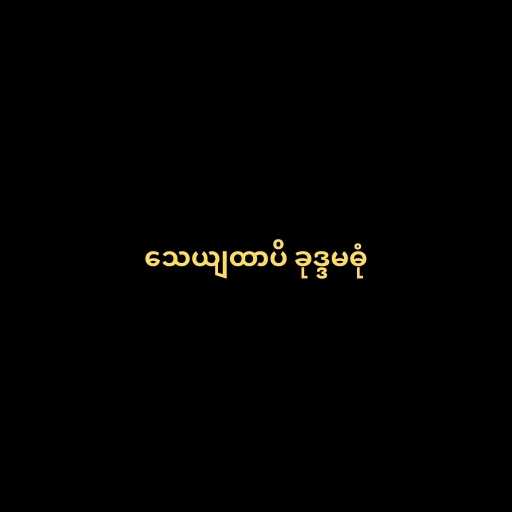
သေယျထာပိ ခုဒ္ဒမဓုံ